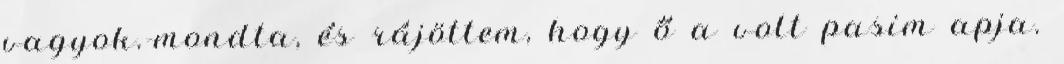
vagyok.-mondta, és rájöttem, hogy ő a volt pasim apja.